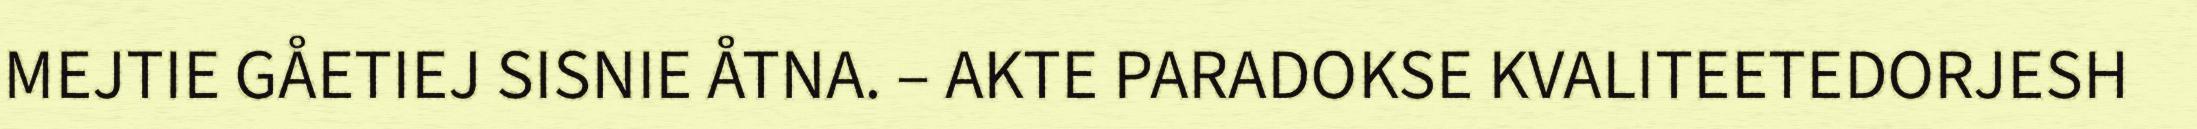
MEJTIE GÅETIEJ SISNIE ÅTNA. – AKTE PARADOKSE KVALITEETEDORJESH